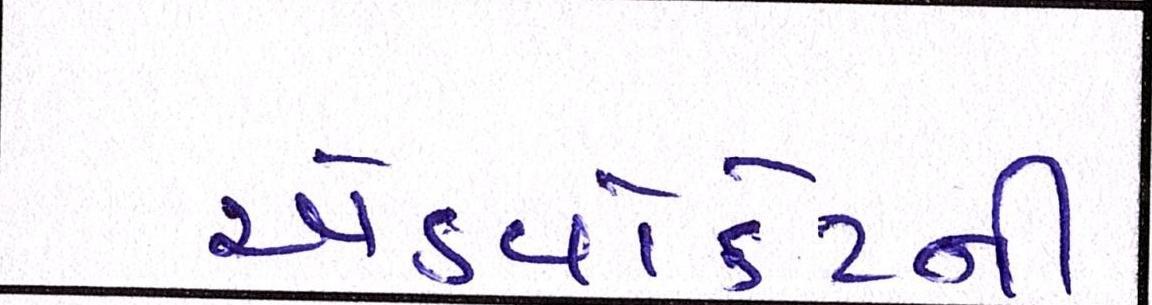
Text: એડ્વોકેટની